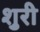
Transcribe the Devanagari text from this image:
शुरी